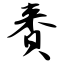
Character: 赉